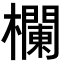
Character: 𣟬